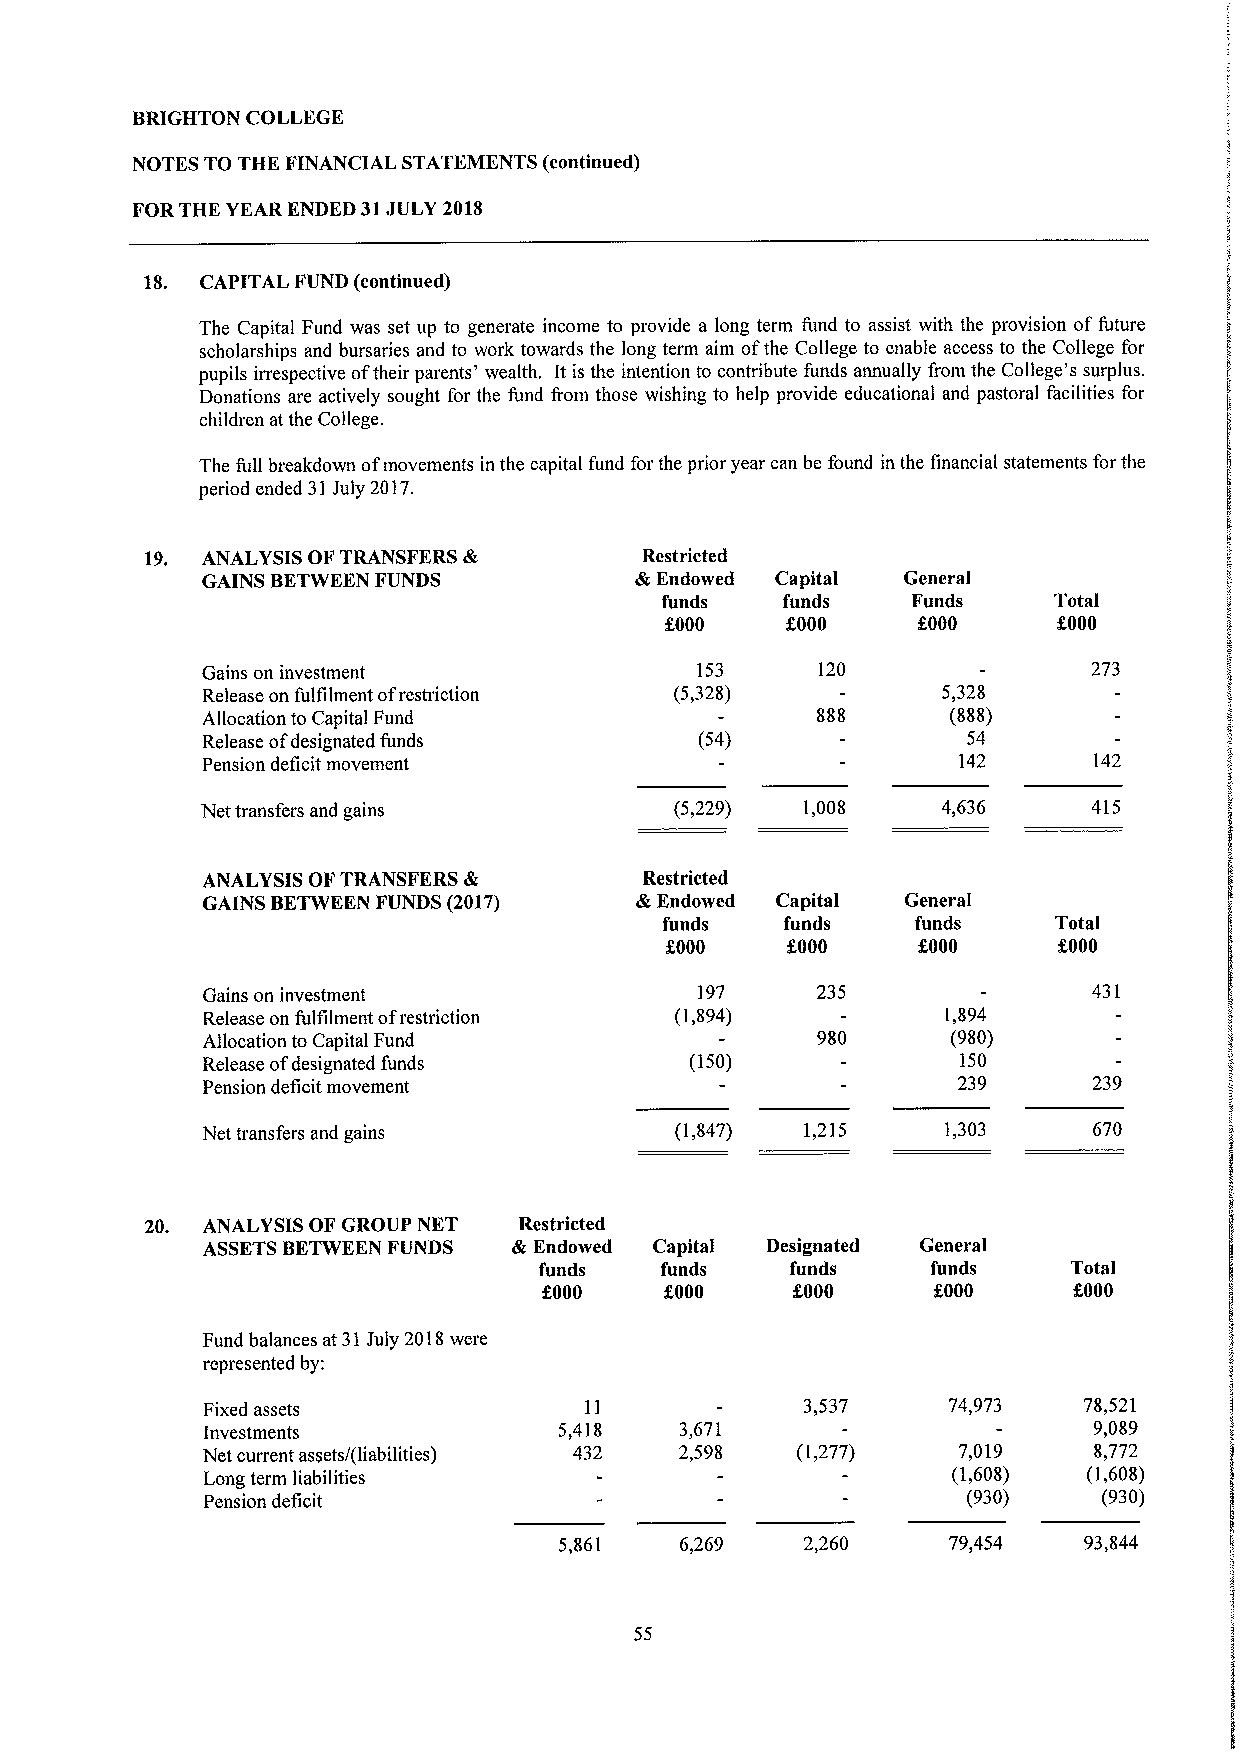
BRIGHTON COLLEGE
 NOTES TO THE FINANCIAL STATEMENTS (continued)
 FOR THE YEAR ENDED 31JULY 2018
 18. CAPITAL FUND (continued)
 The Capital Fund was set up to generate income to provide a long term fund to assist with the provision offuture
 scholarships and bursaries and to work towards the long term aim ofthe College to enable access to the College for
 pupils irrespective oftheir parents' wealth, It is the intention to contribute funds annually from the College's surplus.
 Donations are actively sought for the fund from those wishing to help provide educational and pastoral facilities for
 children atthe College.
 The full breakdown ofmovements in the capital fund for the prior year can be found in the financial statements for the
 period ended 31July 2017.
 19. ANALYSIS OFTRANSFERS &      Restricted
 GAINS BETWEEN FUNDS          &Endowed Capital  General
 funds   funds   Funds     Total
 f.000   f.000    f000     f.000
 Gains on investment              153     120               273
 Release on fulfilment ofrestriction (5,328)      5,328
 Allocation to Capital Fund               888      (888)
 Release ofdesignated funds       (54)              54
 Pension deficit movement                          142      142
 Net transfers and gains         (5,229) 1,008    4,636     415
 ANALYSIS OFTRANSFERS &        Restricted
 GAINS BETWEEN FUNDS (2017)   &Endowed Capital  General
 funds   funds    funds    Total
 f000    f.000    %000     f000
 Gains on investment              197     235               431
 Release on fulfilment ofrestriction (1,894)      1,894
 Allocation to Capital Fund               980      (980)
 Release ofdesignated funds       (150)            150
 Pension deficit movement                          239      239
 Net transfers and gains         (1,847) 1,215    1,303     670
 20. ANALYSIS OF GROUP NET Restricted
 ASSETSBETWEEN FUNDS  &Endowed Capital Designated General
 funds   funds   funds     funds    Total
 f000    f000    f000      f000     f000
 Fund balances at 31July 2018were
 represented by:
 Fixed assets              11            3,537     74,973   78,521
 Investments             5,418   3,671                      9,089
 Net current assets/(liabilities) 432 2,598 (1,277) 7,019   8,772
 Long term liabilities                             (1,608)  (1,608)
 Pension deficit                                    (930)    (930)
 5,861   6,269   2,260     79,454   93,844
 55